Trukikaitis_Postimees, lk 69
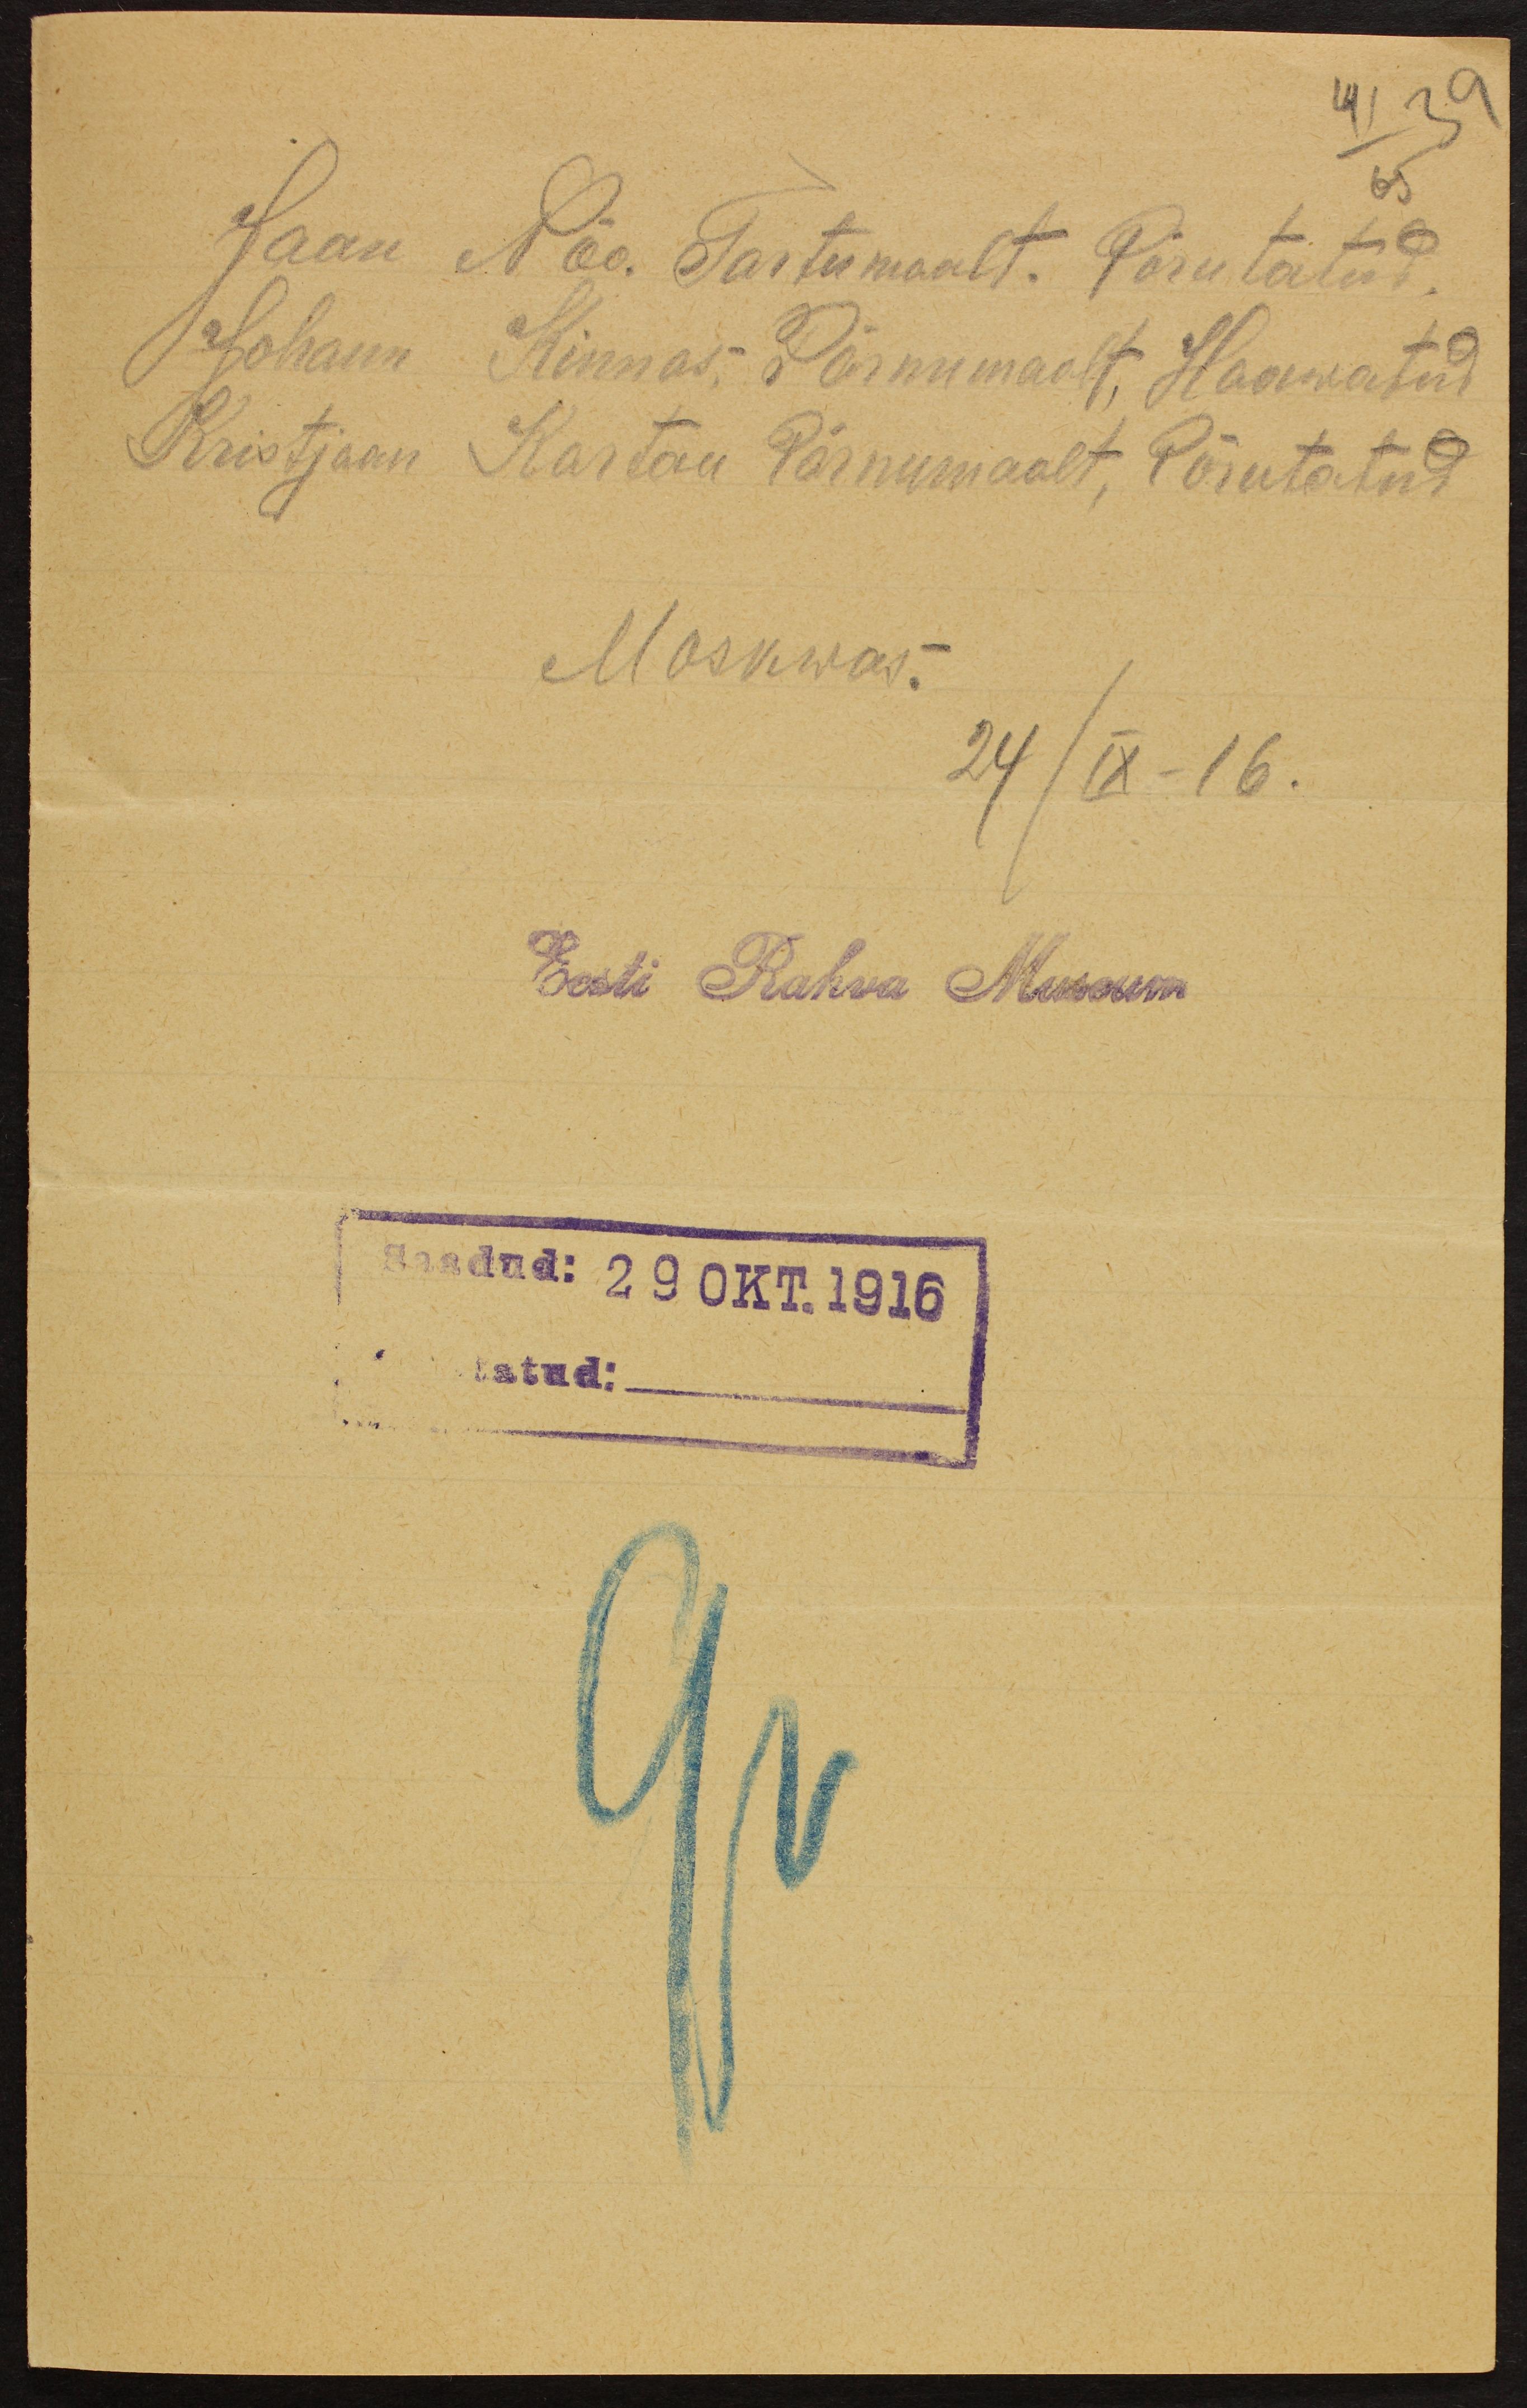
41 39
Jaan Nõo Tartumaalt. Põrutatud
65
Johann Kinnas Pärnumalt, Haawatud
Kristjaan Kartau Pärnumaalt, Põrutatud
Moskwas.
24/IX-16.
Eesti Rahva Muuseum
Saadud: 29 okt. 1916